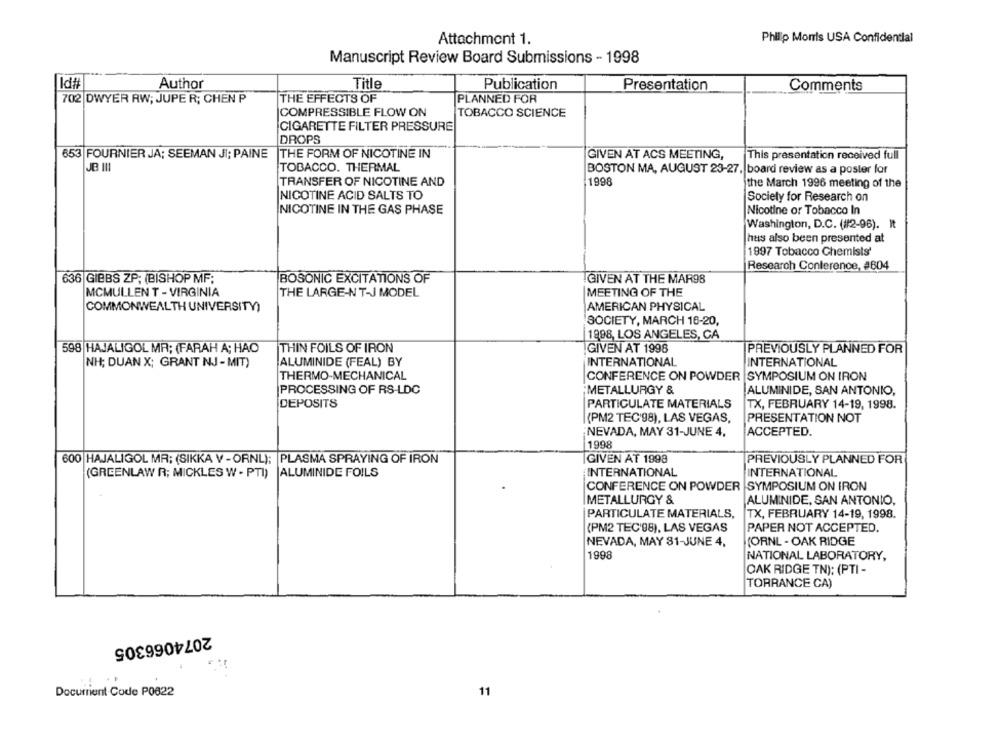
Attachment 1.
Phillip Morris USA Confidential
Manuscript Review Board Submissions - 1998
Id#
Author
Title
Publication
Presentation
Comments
702 DWYER RW; JUPE R; CHEN P
THE EFFECTS OF
PLANNED FOR
COMPRESSIBLE FLOW ON
TOBACCO SCIENCE
CIGARETTE FILTER PRESSURE
DROPS
653 FOURNIER JA; SEEMAN JI; PAINE
THE FORM OF NICOTINE IN
GIVEN AT ACS MEETING,
This presentation received full
JB III
TOBACCO. THERMAL
BOSTON MA, AUGUST 23-27, board review as a poster for
TRANSFER OF NICOTINE AND
1998
the March 1996 meeting of the
NICOTINE ACID SALTS TO
Society for Research on
NICOTINE IN THE GAS PHASE
Nicotine or Tobacco In
Washington, D.C. (#2-96). It
hus also been presented at
1997 Tobacco Chemists'
Research Conference, #604
636 GIBBS ZP; (BISHOP MF:
BOSONIC EXCITATIONS OF
GIVEN AT THE MAR9S
MCMULLEN T - VIRGINIA
THE LARGE-N T-J MODEL
MEETING OF THE
COMMONWEALTH UNIVERSITY)
AMERICAN PHYSICAL
SOCIETY, MARCH 16-20,
|1998, LOS ANGELES, CA
THIN FOILS OF IRON
598 HAJALIGOL MR; (FARAH A; HAO
GIVEN AT 1998
PREVIOUSLY PLANNED FOR
NH; DUAN X; GRANT NJ - MIT)
ALUMINIDE (FEAL) BY
INTERNATIONAL
INTERNATIONAL
THERMO-MECHANICAL
CONFERENCE ON POWDER SYMPOSIUM ON IRON
PROCESSING OF RS-LDC
METALLURGY &
ALUMINIDE, SAN ANTONIO,
DEPOSITS
PARTICULATE MATERIALS
TX, FEBRUARY 14-19, 1998.
(PM2 TEC'98), LAS VEGAS,
PRESENTATION NOT
NEVADA, MAY 31-JUNE 4,
ACCEPTED.
1998
600 HAJALIGOL MR; (SIKKA V - ORNL); PLASMA SPRAYING OF IRON
GIVEN AT 1998
PREVIOUSLY PLANNED FOR
(GREENLAW R; MICKLES W - PTI)
ALUMINIDE FOILS
INTERNATIONAL
INTERNATIONAL
CONFERENCE ON POWDER SYMPOSIUM ON IRON
METALLURGY &
ALUMINIDE, SAN ANTONIO,
PARTICULATE MATERIALS,
TX, FEBRUARY 14-19, 1998.
(PM2 TEC'98), LAS VEGAS
PAPER NOT ACCEPTED.
NEVADA, MAY 81-JUNE 4,
(ORNL - OAK RIDGE
1998
NATIONAL LABORATORY,
OAK RIDGE TN): (PTI -
TORRANCE CA)
2074066305
Docurrent Code P0822
11